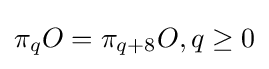
\pi _{q}O=\pi _{q+8}O,q\geq 0